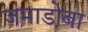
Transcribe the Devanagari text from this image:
जमाडोबा